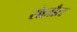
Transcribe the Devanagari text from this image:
रोल्लौत